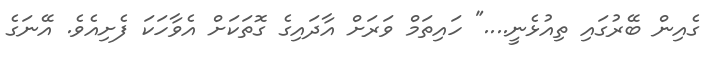
ގެއިން ބޭރުގައި ތިއުޅެނީ...." ހައިތަމް ވަރަށް އާދައިގެ ގޮތަކަށް އެވާހަކަ ފެށިއެވެ. އޭނަގެ